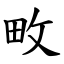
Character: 畋